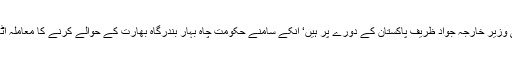
ایرانی وزیر خارجہ جواد ظریف پاکستان کے دورے پر ہیں‘ انکے سامنے حکومت چاہ بہار بندرگاہ بھارت کے حوالے کرنے کا معاملہ اٹھائے۔